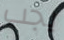
يجب